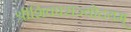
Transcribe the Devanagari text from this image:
श्रीशिवपराज्योदयम्